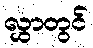
လွှာတွင်